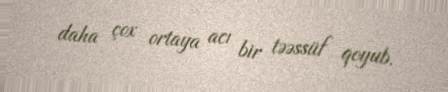
daha çox ortaya acı bir təəssüf qoyub.